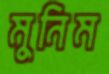
মুনিম